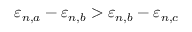
\varepsilon _ { n , a } - \varepsilon _ { n , b } > \varepsilon _ { n , b } - \varepsilon _ { n , c }